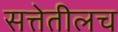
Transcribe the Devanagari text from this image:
सत्तेतीलच